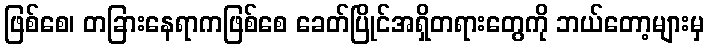
ဖြစ်စေ၊ တခြားနေရာကဖြစ်စေ ခေတ်ပြိုင်အရှိတရားတွေကို ဘယ်တော့များမှ